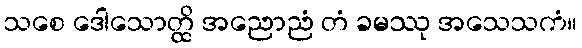
သစေ ဒေါသောတ္ထိ အညောညံ တံ ခမဿု အသေသကံ။